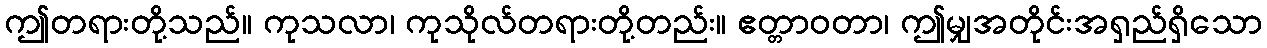
ဤတရားတို့သည်။ ကုသလာ၊ ကုသိုလ်တရားတို့တည်း။ ဧတ္တာဝတာ၊ ဤမျှအတိုင်းအရှည်ရှိသော